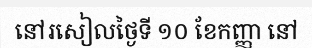
នៅរសៀលថ្ងៃទី ១០ ខែកញ្ញា នៅ